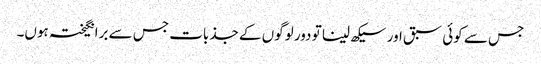
جس سے کوئی سبق اور سیکھ لینا تو دور لوگوں کے جذبات جس سے برانگیختہ ہوں۔